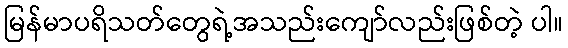
မြန်မာပရိသတ်တွေရဲ့အသည်းကျော်လည်းဖြစ်တဲ့ ပါ။